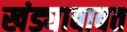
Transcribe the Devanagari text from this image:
खंड्याबाबत